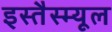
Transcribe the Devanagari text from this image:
इस्तैस्म्यूल